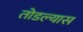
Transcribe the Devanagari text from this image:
तोडल्यास